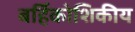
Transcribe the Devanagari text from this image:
बर्हिकोशिकीय